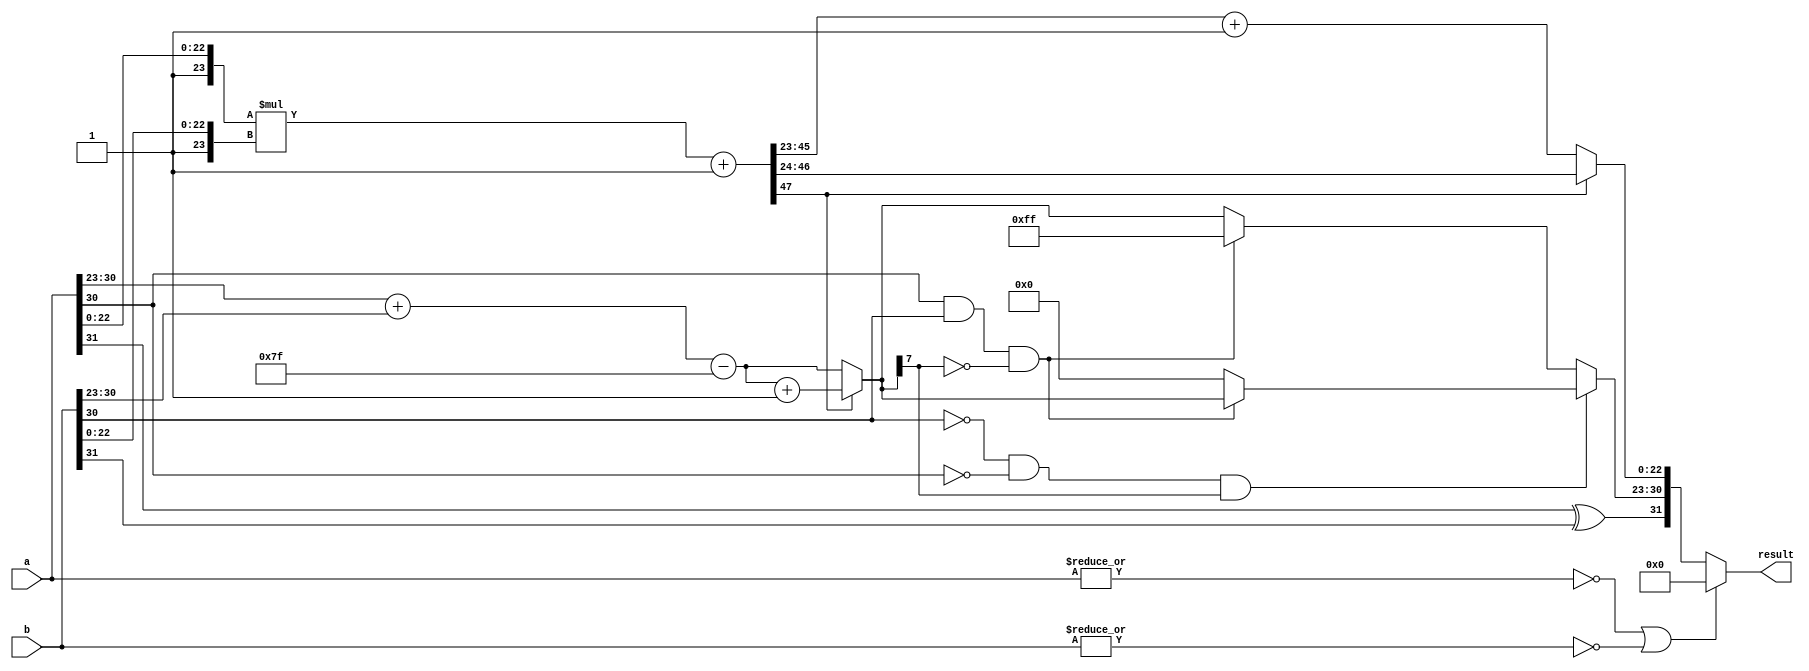
module ieee754_multiplier (
    input [31:0] a,b,
    output reg [31:0] result
);
  parameter EXP_WIDTH = 8;
  parameter FRAC_WIDTH = 23;
  wire underflow, overflow;
  wire [EXP_WIDTH - 1:0] exponent_a, exponent_b, exponent_sum, final_exponent, err;
  wire sign_a, sign_b, sign_final, zero_a, zero_b;
  wire [FRAC_WIDTH:0] mantissa_a, mantissa_b;
  wire [FRAC_WIDTH - 1:0] final_mantissa, temp_a, temp_b;
  wire [47:0] mantissa;

  assign zero_a = ~(|a);
  assign zero_b = ~(|b);

  assign {sign_a, exponent_a, temp_a} = a;
  assign mantissa_a = {1'b1 , temp_a};
  assign {sign_b, exponent_b, temp_b} = b;
  assign mantissa_b = {1'b1 , temp_b};
  assign mantissa = (mantissa_a * mantissa_b) + 1'b1;

  assign sign_final = sign_a ^ sign_b;
  assign exponent_sum = exponent_a + exponent_b - 8'd127;
  assign final_mantissa = mantissa[47] ? mantissa[47:24] : mantissa[46:23] + 1'b1;
  assign final_exponent = mantissa[47] ? exponent_sum + 1 : exponent_sum;

  assign overflow = (exponent_a[7] & exponent_b[7]) & ~final_exponent[7];
  assign underflow = (~exponent_b[7] & ~exponent_a[7] & final_exponent[7]);

  assign err = underflow ? (overflow ? final_exponent : 8'b0) : (overflow ? 8'b11111111 : final_exponent);
  assign result = (zero_a | zero_b) ? 32'b0 : {sign_final, err, final_mantissa};
endmodule